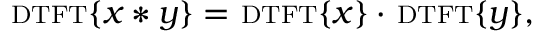
\scriptstyle \mathrm { { D T F T } } \displaystyle \{ x * y \} = \ \scriptstyle \mathrm { { D T F T } } \displaystyle \{ x \} \cdot \ \scriptstyle \mathrm { { D T F T } } \displaystyle \{ y \} ,